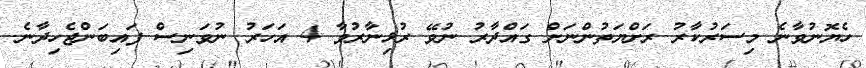
ހެޔޮނުވާނެ މިސަރުކާރު ރަށްޔަތުންނަށް ގައްދާރު ނުވޭ ރުޅިނާރުވާ 4 އަހަރު ނުވަނިސް ފައިބަންޖެހިދާނެ.